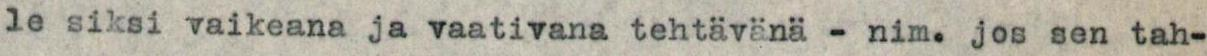
le siksi vaikeana ja vaativana tehtävänä - nim. jos sen tah-